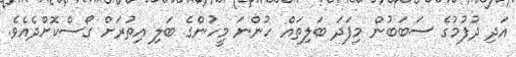
އަދި ދުފުމުގެ ސަބަބުން މިފަދަ ބަލިތައް ހުންނަ މީހުންގެ ބަލި އިތުރަށް ގޯސްކޮށްދެއެވެ.